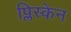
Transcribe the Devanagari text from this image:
प्लिस्केन